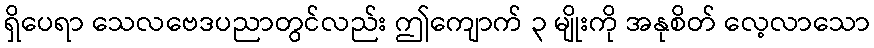
ရှိပေရာ သေလဗေဒပညာတွင်လည်း ဤကျောက် ၃ မျိုးကို အနုစိတ် လေ့လာသော